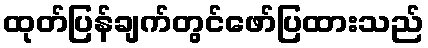
ထုတ်ပြန်ချက်တွင်ဖော်ပြထားသည်